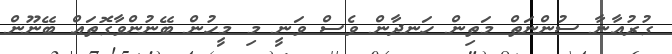
ގުރުއާނާ ސުންނަތް މަތިން ހަނދާން ވެސް ވަނީ މި މީހުން ބޭނުންވާގޮތައް ބޭނޫން